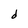
Character: d